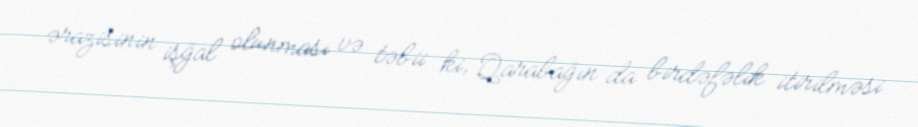
ərazisinin işğal olunması və təbii ki, Qarabağın da birdəfəlik itirilməsi